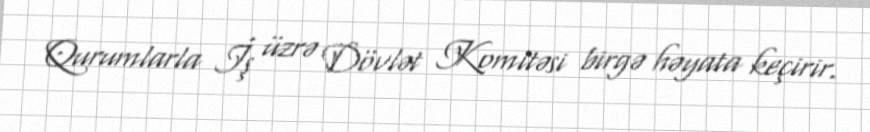
Qurumlarla İş üzrə Dövlət Komitəsi birgə həyata keçirir.